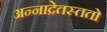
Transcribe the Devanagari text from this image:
अन्नाद्रेतस्ततो